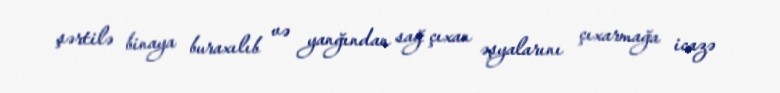
şərtilə binaya buraxılıb və yanğından sağ çıxan əşyalarını çıxarmağa icazə